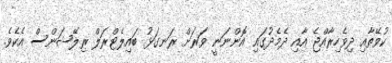
ކުވޭތާއި ދިވެހިރާއްޖެ އާއި ދެމެދުގައި އޮންނަނީ ވަރަށް ރަނގަޅު ބައިލެޓްރަލް ރިލޭޝަންސް އެކެވެ.